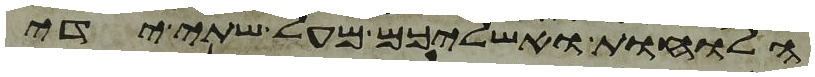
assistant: הלוחות ואשליכם מעל שתי ידי